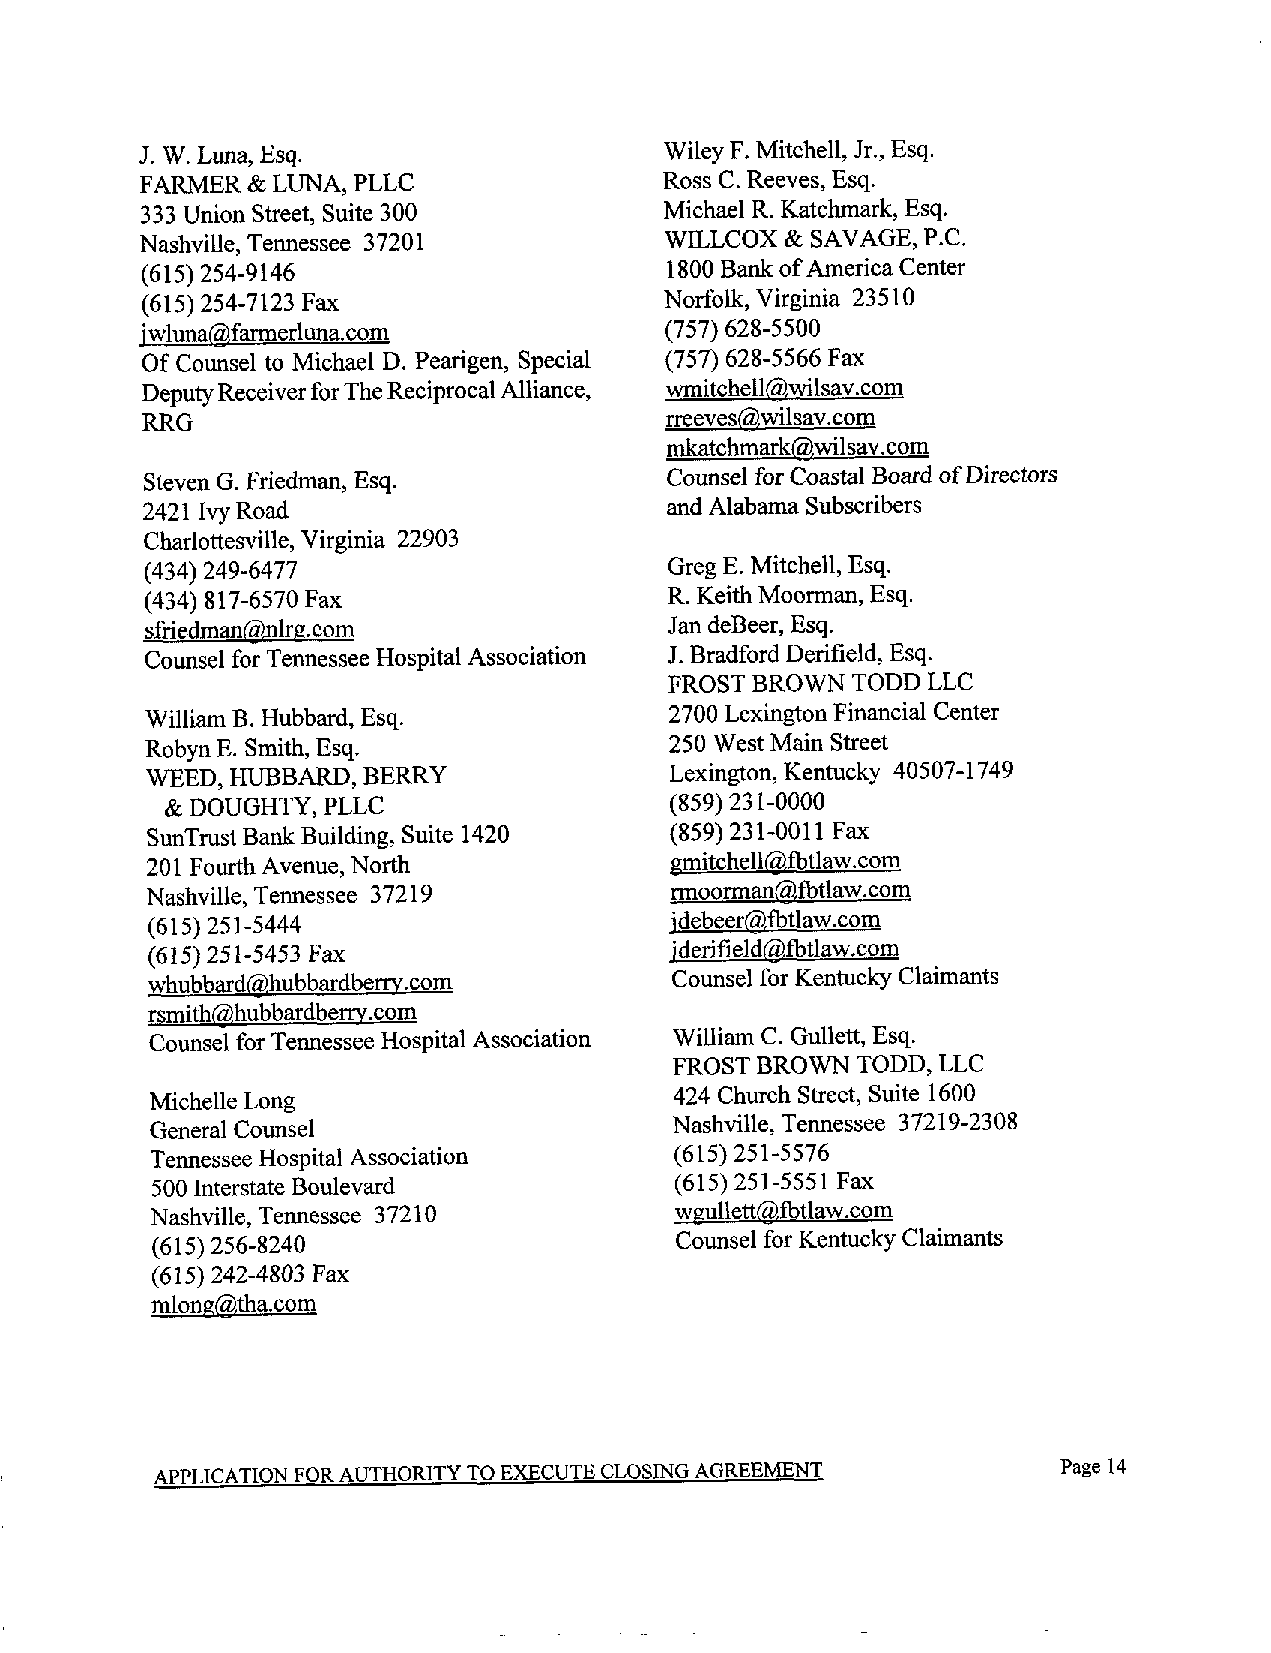
J. W. Luna, Esq.                   Wiley F. Mitchell, Jr., Esq.
 FARMER & LUNA, PLLC                Ross C. Reeves, Esq.
 333 Union Street, Suite 300        Michael R. Katchmark, Esq.
 Nashville, Tennessee 37201         WILLCOX & SAVAGE, P.C.
 (615) 254-9146                     1800 Bank of America Center
 (615) 254-7123 Fax                 Norfolk, Virginia 23 5 10
 iwlunagfarmerluna.com              (757) 628-5500
 Of Counsel to Michael D. Pearigen, Special (757) 628-5566 Fax
 Deputy Receiver for The Reciprocal Alliance, wmitcheilgwilsav.com
 RRG                                rreevesgwilsav.com
 mkatchmark@Milsav.com
 Steven G. Friedman, Esq.          Counsel for Coastal Board of Directors
 2421 Ivy Road                      and Alabama Subscribers
 Charlottesville, Virginia 22903
 (434) 249-6477                    Greg E. Mitchell, Esq.
 (434) 817-6570 Fax                R. Keith Moorman, Esq.
 sfriedman?.nIrg.co                Jan deBeer, Esq.
 Counsel for Tennessee Hospital Association J. Bradford Derifield, Esq.
 FROST BROWN TODD LLC
 William B. Hubbard, Esq.          2700 Lexington Financial Center
 Robyn E. Smith, Esq.              250 West Main Street
 WEED,HUBBARD,BERRY                Lexington, Kentucky 40507-1749
 & DOUGHTY, PLLC                  (859) 231-0000
 SunTrust Bank Building, Suite 1420 (859) 231-0011 Fax
 201 Fourth Avenue, North          lzmitchell&fbtlaw.com
 Nashville, Tennessee 37219        nnoorman2fbtlaw.com
 (615) 251-5444                    idebeer&fbtlaw.com
 (615) 251-5453 Fax                iderifieldgfbtlaw.com
 whubba.rd&hubbardberry.co         Counsel for Kentucky Claimants
 rsmith@hubbardberry.com
 Counsel for Tennessee Hospital Association William C. Gullett, Esq.
 FROST BROWN TODD, LLC
 Michelle Long                      424 Church Street, Suite 1600
 General Counsel                   Nashville, Tennessee 37219-2308
 Tennessee Hospital Association     (615) 251-5576
 500 Interstate Boulevard           (615) 251-5551 Fax
 Nashville, Tennessee 37210         wgullettgfbtlaw.com
 (615) 256-8240                     Counsel for Kentucky Claimants
 (615) 242-4803 Fax
 mlong(a-)thacom
 APPLICATION FOR AUTHORITY TO EXECUTE CLOSING AGREEMENT      Page 14